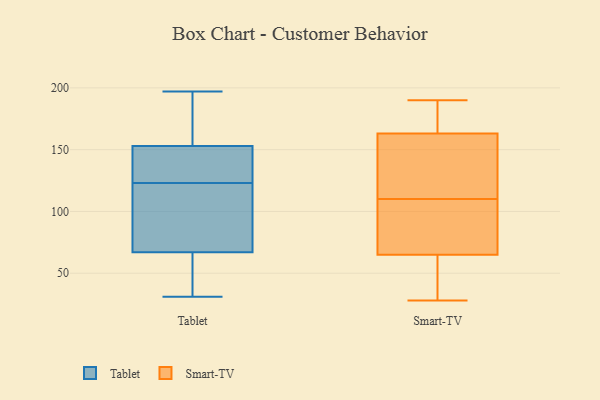
{"axis": {"x": "Net Income (USD K)", "y": "Value"}, "legend": ["Smart-TV", "Tablet"], "data": [{"x": "", "y": 197, "type": "Tablet"}, {"x": "", "y": 121, "type": "Tablet"}, {"x": "", "y": 147, "type": "Tablet"}, {"x": "", "y": 84, "type": "Tablet"}, {"x": "", "y": 153, "type": "Tablet"}, {"x": "", "y": 31, "type": "Tablet"}, {"x": "", "y": 47, "type": "Tablet"}, {"x": "", "y": 67, "type": "Tablet"}, {"x": "", "y": 125, "type": "Tablet"}, {"x": "", "y": 129, "type": "Tablet"}, {"x": "", "y": 182, "type": "Tablet"}, {"x": "", "y": 163, "type": "Tablet"}, {"x": "", "y": 41, "type": "Tablet"}, {"x": "", "y": 121, "type": "Tablet"}, {"x": "", "y": 190, "type": "Smart-TV"}, {"x": "", "y": 163, "type": "Smart-TV"}, {"x": "", "y": 127, "type": "Smart-TV"}, {"x": "", "y": 100, "type": "Smart-TV"}, {"x": "", "y": 120, "type": "Smart-TV"}, {"x": "", "y": 141, "type": "Smart-TV"}, {"x": "", "y": 28, "type": "Smart-TV"}, {"x": "", "y": 182, "type": "Smart-TV"}, {"x": "", "y": 90, "type": "Smart-TV"}, {"x": "", "y": 68, "type": "Smart-TV"}, {"x": "", "y": 37, "type": "Smart-TV"}, {"x": "", "y": 40, "type": "Smart-TV"}, {"x": "", "y": 184, "type": "Smart-TV"}, {"x": "", "y": 65, "type": "Smart-TV"}]}